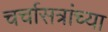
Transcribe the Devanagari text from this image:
चर्चासत्रांच्या